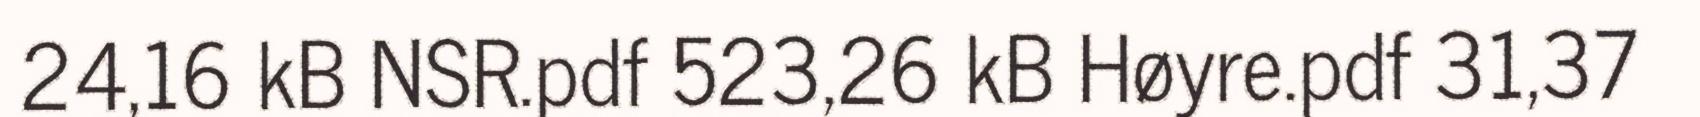
24,16 kB NSR.pdf 523,26 kB Høyre.pdf 31,37